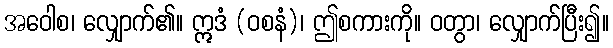
အဝေါစ၊ လျှောက်၏။ ဣဒံ (ဝစနံ)၊ ဤစကားကို။ ဝတွာ၊ လျှောက်ပြီး၍။